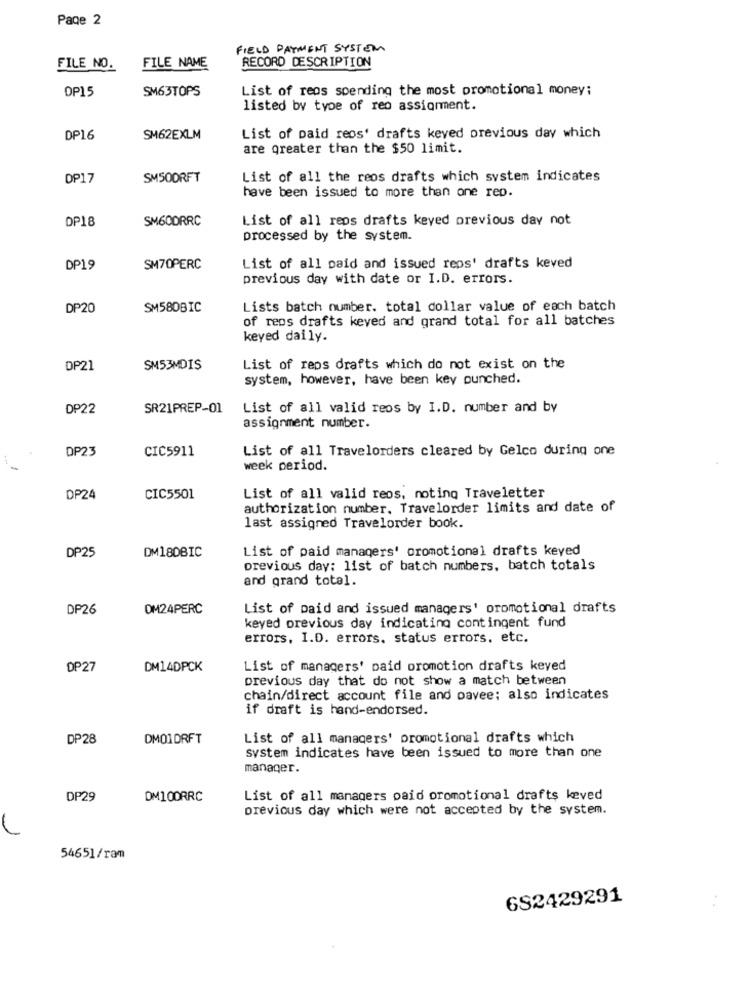
Page 2
FIELD PAYMENT SYSTEM
RECORD DESCRIPTION
FILE NO.
FILE NAME
OP15
SM63TOPS
List of reos spending the most promotional money;
listed by type of reo assignment.
DP16
SM62EXLM
List of paid reos' drafts keyed previous day which
are greater than the $50 limit.
DP17
SM500RFT
List of all the reos drafts which system indicates
have been issued to more than one rep.
SM600RRC
List of all reps drafts keyed previous dav not
DP18
processed by the system.
DP19
SM70PERC
List of all paid and issued reos' drafts keved
previous day with date or I.D. errors.
DP20
SM580BIC
Lists batch number. total dollar value of each batch
of reos drafts keyed and grand total for all batches
keyed daily.
DP21
SM53MDIS
List of reps drafts which do not exist on the
system, however, have been key punched.
DP22
SR21PREP-01
List of all valid reos by I.D. number and by
assignment number.
DP23
CIC5911
List of all Travelorders cleared by Gelco during one
week period.
DP24
CIC5501
List of all valid reos, noting Traveletter
authorization number, Travelorder limits and date of
last assigned Travelorder book.
DP25
List of paid managers' promotional drafts keyed
DM180BIC
previous day: list of batch numbers, batch totals
and grand total.
DP26
DM24PERC
List of paid and issued managers' promotional drafts
keyed previous day indicating contingent fund
errors, I.D. errors. status errors, etc.
DP27
DM14DPCK
List of managers' paid promotion drafts keyed
previous day that do not show a match between
chain/direct account file and pavee; also indicates
if draft is hand-endorsed.
DP28
DM01DRFT
List of all managers' promotional drafts which
system indicates have been issued to more than one
manager.
DP29
DM100RRC
List of all managers paid promotional drafts keved
previous day which were not accepted by the system.
L
54651/ram
6S2429291